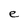
Character: e